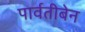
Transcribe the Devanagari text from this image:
पार्वतीबेन